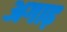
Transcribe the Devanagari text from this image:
अगाढ़